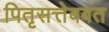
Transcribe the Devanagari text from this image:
पितृसत्तेबबत